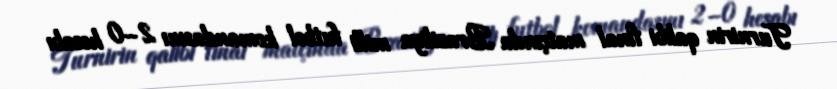
Turnirin qalibi final matçında Braziliya milli futbol komandasını 2–0 hesabı